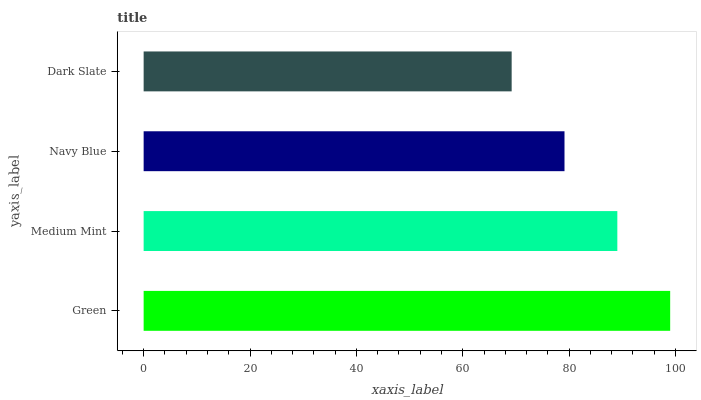
| yaxis_label | bars |
 | --- | --- |
 | Green | 99 |
 | Medium Mint | 89.1 |
 | Navy Blue | 79.1 |
 | Dark Slate | 69.2 |